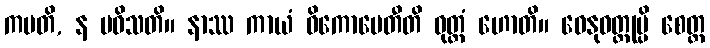
ကမတိ, န ပဝိသတိ။ နာဿ ကာယံ ဝိကောပေတီတိ ဝုတ္တံ ဟောတိ။ ဓေနုဝတ္ထုမ္ပိ စေတ္ထ